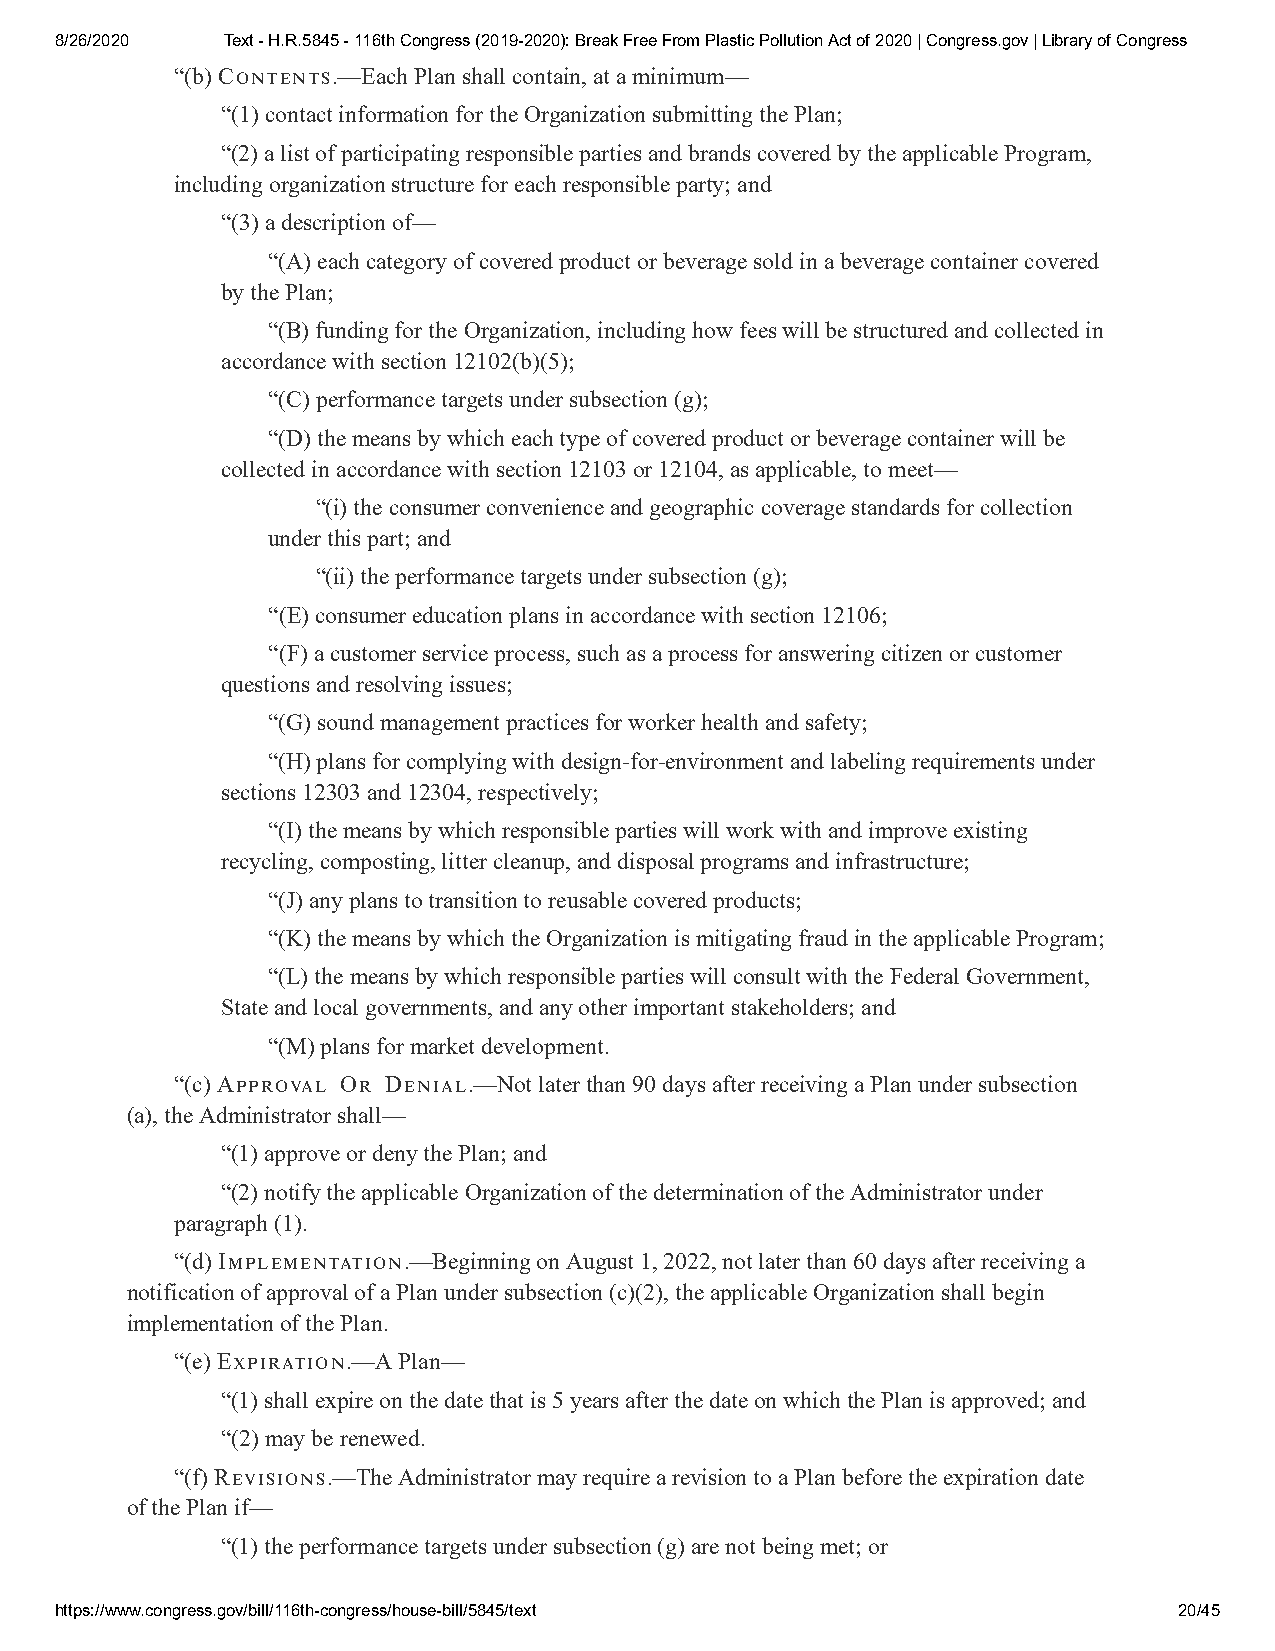
8/26/2020  Text - H.R.5845 - 116th Congress (2019-2020): Break Free From Plastic Pollution Act of 2020 | Congress.gov | Library of Congress
 “(b) C.—Each Plan shall contain, at a minimum—
 “(1) contact information for the Organization submitting the Plan;
 “(2) a list of participating responsible parties and brands covered by the applicable Program,
 including organization structure for each responsible party; and
 “(3) a description of—
 “(A) each category of covered product or beverage sold in a beverage container covered
 by the Plan;
 “(B) funding for the Organization, including how fees will be structured and collected in
 accordance with section 12102(b)(5);
 “(C) performance targets under subsection (g);
 “(D) the means by which each type of covered product or beverage container will be
 collected in accordance with section 12103 or 12104, as applicable, to meet—
 “(i) the consumer convenience and geographic coverage standards for collection
 under this part; and
 “(ii) the performance targets under subsection (g);
 “(E) consumer education plans in accordance with section 12106;
 “(F) a customer service process, such as a process for answering citizen or customer
 questions and resolving issues;
 “(G) sound management practices for worker health and safety;
 “(H) plans for complying with design-for-environment and labeling requirements under
 sections 12303 and 12304, respectively;
 “(I) the means by which responsible parties will work with and improve existing
 recycling, composting, litter cleanup, and disposal programs and infrastructure;
 “(J) any plans to transition to reusable covered products;
 “(K) the means by which the Organization is mitigating fraud in the applicable Program;
 “(L) the means by which responsible parties will consult with the Federal Government,
 State and local governments, and any other important stakeholders; and
 “(M) plans for market development.
 “(c) A O D.—Not later than 90 days after receiving a Plan under subsection
 (a), the Administrator shall—
 “(1) approve or deny the Plan; and
 “(2) notify the applicable Organization of the determination of the Administrator under
 paragraph (1).
 “(d) I.—Beginning on August 1, 2022, not later than 60 days after receiving a
 notification of approval of a Plan under subsection (c)(2), the applicable Organization shall begin
 implementation of the Plan.
 “(e) E.—A Plan—
 “(1) shall expire on the date that is 5 years after the date on which the Plan is approved; and
 “(2) may be renewed.
 “(f) R.—The Administrator may require a revision to a Plan before the expiration date
 of the Plan if—
 “(1) the performance targets under subsection (g) are not being met; or
 https://www.congress.gov/bill/116th-congress/house-bill/5845/text         20/45